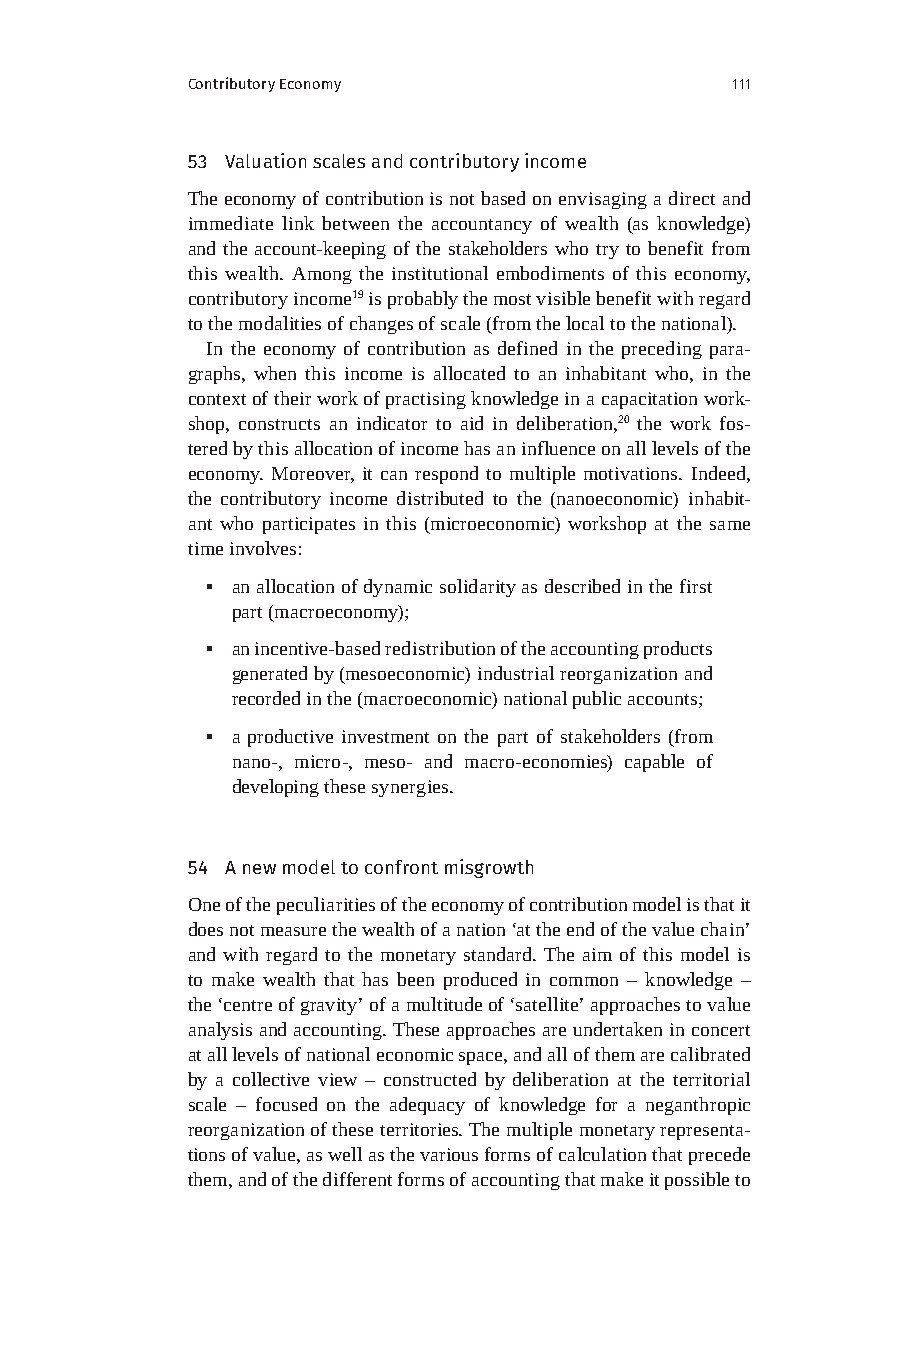
Contributory Economy                111
 53 Valuation scales and contributory income
 The economy of contribution is not based on envisaging a direct and
 immediate link between the accountancy of wealth (as knowledge)
 and the account-keeping of the stakeholders who try to benefit from
 this wealth. Among the institutional embodiments of this economy,
 contributory income19 is probably the most visible benefit with regard
 to the modalities of changes of scale (from the local to the national).
 In the economy of contribution as defined in the preceding para-
 graphs, when this income is allocated to an inhabitant who, in the
 context of their work of practising knowledge in a capacitation work-
 shop, constructs an indicator to aid in deliberation,20 the work fos-
 tered by this allocation of income has an influence on all levels of the
 economy. Moreover, it can respond to multiple motivations. Indeed,
 the contributory income distributed to the (nanoeconomic) inhabit-
 ant who participates in this (microeconomic) workshop at the same
 time involves:
 ▪ an allocation of dynamic solidarity as described in the first
 part (macroeconomy);
 ▪ an incentive-based redistribution of the accounting products
 generated by (mesoeconomic) industrial reorganization and
 recorded in the (macroeconomic) national public accounts;
 ▪ a productive investment on the part of stakeholders (from
 nano-, micro-, meso- and macro-economies) capable of
 developing these synergies.
 54 A new model to confront misgrowth
 One of the peculiarities of the economy of contribution model is that it
 does not measure the wealth of a nation ‘at the end of the value chain’
 and with regard to the monetary standard. The aim of this model is
 to make wealth that has been produced in common – knowledge –
 the ‘centre of gravity’ of a multitude of ‘satellite’ approaches to value
 analysis and accounting. These approaches are undertaken in concert
 at all levels of national economic space, and all of them are calibrated
 by a collective view – constructed by deliberation at the territorial
 scale – focused on the adequacy of knowledge for a neganthropic
 reorganization of these territories. The multiple monetary representa-
 tions of value, as well as the various forms of calculation that precede
 them, and of the different forms of accounting that make it possible to